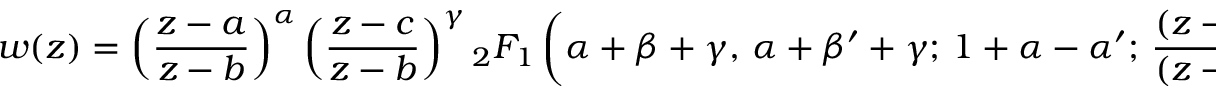
w ( z ) = \left( { \frac { z - a } { z - b } } \right) ^ { \alpha } \left( { \frac { z - c } { z - b } } \right) ^ { \gamma } { } _ { 2 } F _ { 1 } \left( \alpha + \beta + \gamma , \, \alpha + \beta ^ { \prime } + \gamma ; \, 1 + \alpha - \alpha ^ { \prime } ; \, { \frac { ( z - a ) ( c - b ) } { ( z - b ) ( c - a ) } } \right) ,